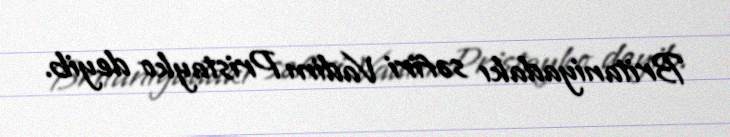
Britaniyadakı səfiri Vadim Pristayko deyib.